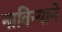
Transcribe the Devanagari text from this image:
नाविन्याने